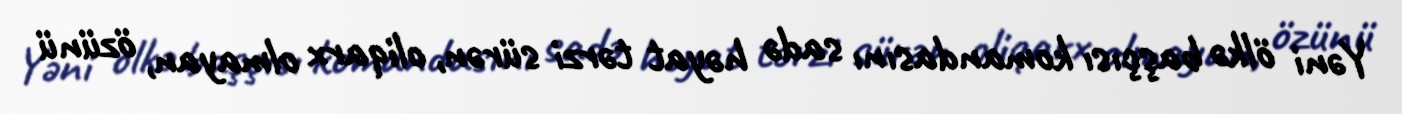
Yəni ölkə başçısı komandasını sadə həyat tərzi sürən, oliqarx olmayan, özünü